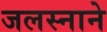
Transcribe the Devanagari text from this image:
जलस्नाने